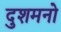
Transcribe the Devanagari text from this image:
दुशमनो